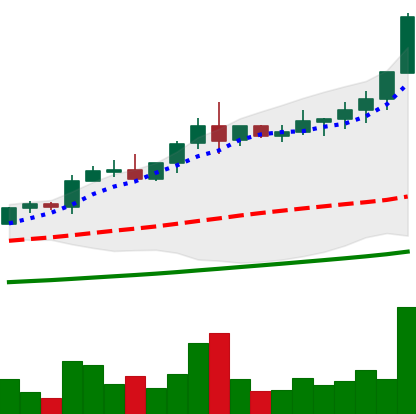
Ticker: NEO-USD
Chart end date: 2021-04-16
Forward return: 11.251%
Label: up_7plus